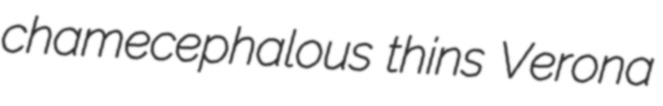
chamecephalous thins Verona